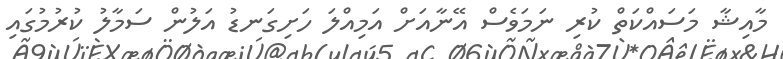
މާއިޝާ މަސައްކަތް ކުރި ނަމަވެސް އޭނާއަށް އަމިއްލަ ހަށިގަނޑު އަލުން ސަމާލު ކުރުމުގައި